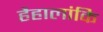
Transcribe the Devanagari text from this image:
हैहालांकि